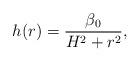
LaTeX: \begin{align*}h(r)=\frac{{\beta}_0}{H^2+r^2},\end{align*}